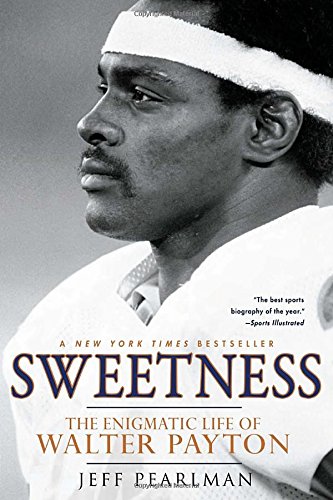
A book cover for Sweetness: The Enigmatic Life of Walter Payton; Jeff Pearlman; Biographies & Memoirs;